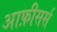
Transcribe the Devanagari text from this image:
आफ़ीसर्स